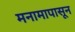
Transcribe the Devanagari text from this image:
मनामापासून